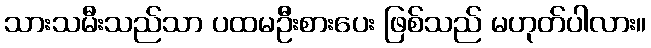
သားသမီးသည်သာ ပထမဦးစားပေး ဖြစ်သည် မဟုတ်ပါလား။